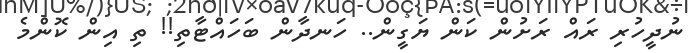
ނުދީހުރި ރައް ރަށުން ކަން ޔަގީން.. ހަނދާން ބަހައްޓާތި!! ތި އިން ކޮންމެ